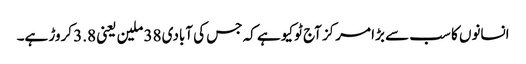
انسانوں کا سب سے بڑا مرکز آج ٹوکیو ہے کہ جس کی آبادی 38 ملین یعنی 3.8 کروڑ ہے۔